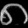
Digit: ၈